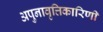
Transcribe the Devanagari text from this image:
अपुनावृत्तिकारिणी